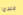
عندما